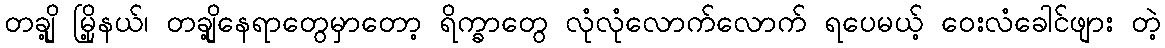
တချို့ မြို့နယ်၊ တချို့နေရာတွေမှာတော့ ရိက္ခာတွေ လုံလုံလောက်လောက် ရပေမယ့် ဝေးလံခေါင်ဖျား တဲ့